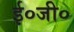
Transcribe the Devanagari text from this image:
ई०जी०